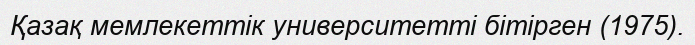
Қазақ мемлекеттік университетті бітірген (1975).